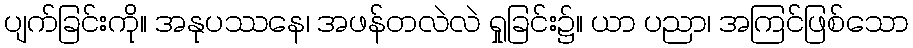
ပျက်ခြင်းကို။ အနုပဿနေ၊ အဖန်တလဲလဲ ရှုခြင်း၌။ ယာ ပညာ၊ အကြင်ဖြစ်သော